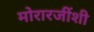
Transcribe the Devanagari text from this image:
मोरारजींशी